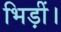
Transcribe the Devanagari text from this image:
भिड़ीं।